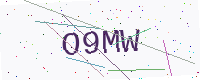
Text: O9MW